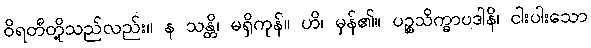
ဝိရတီတို့သည်လည်း။ န သန္တိ၊ မရှိကုန်။ ဟိ၊ မှန်၏။ ပဉ္စသိက္ခာပဒါနိ၊ ငါးပါးသော